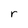
Character: r